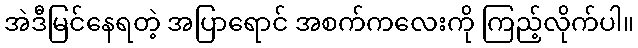
အဲဒီမြင်နေရတဲ့ အပြာရောင် အစက်ကလေးကို ကြည့်လိုက်ပါ။